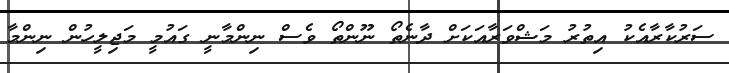
ސަރުކާރާއެކު އިތުރު މަޝްވަރާއަކަށް ދާނެތޯ ނޫންތޯ ވެސް ނިންމާނީ ގައުމީ މަޖިލީހުން ނިންމާ